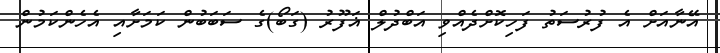
އޭނާއަށް އެ ފުރުސަތު ފަހިކޮށްދެއްވި އަބްދުލް ޣަފޫރު (ގަބޯ)ގެ ސަބަބުން ކަމަށާއި އެހެންކަމުން